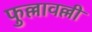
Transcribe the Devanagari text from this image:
फुल्लावल्ली